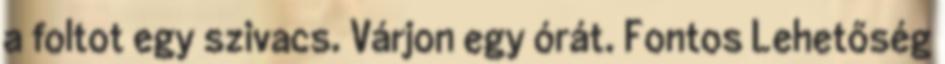
a foltot egy szivacs. Várjon egy órát. Fontos Lehetőség